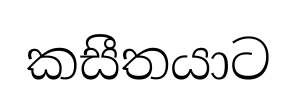
කසීතයාට